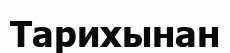
Тарихынан